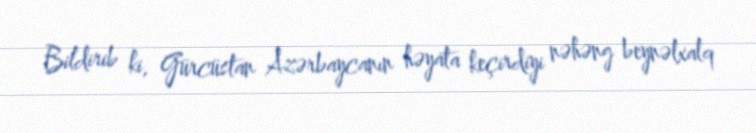
Bildirib ki, Gürcüstan Azərbaycanın həyata keçirdiyi nəhəng beynəlxalq